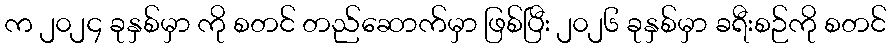
က ၂၀၂၄ ခုနှစ်မှာ ကို စတင် တည်ဆောက်မှာ ဖြစ်ပြီး ၂၀၂၆ ခုနှစ်မှာ ခရီးစဉ်ကို စတင်